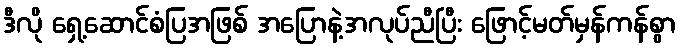
ဒီလို ရှေ့ဆောင်စံပြအဖြစ် အပြောနဲ့အလုပ်ညီပြီး ဖြောင့်မတ်မှန်ကန်စွာ